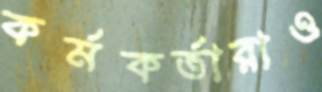
কর্মকর্তারাও